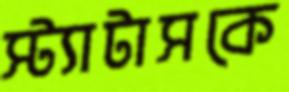
স্ট্যাটাসকে